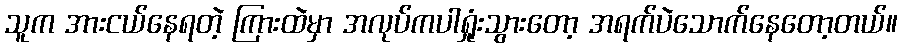
သူက အားငယ်နေရတဲ့ ကြားထဲမှာ အလုပ်ကပါရှုံးသွားတော့ အရက်ပဲသောက်နေတော့တယ်။